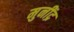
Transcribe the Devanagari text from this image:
मुनींद्र